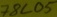
Text: 78605